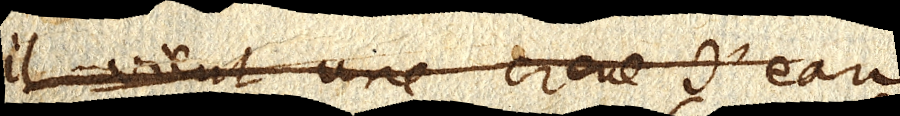
Il vient une crue d’eau